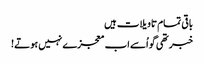
باقی تمام تاویلات ہیں
خبر تھی گو اُسے اب معجزے نہیں ہوتے!